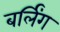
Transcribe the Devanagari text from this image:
बर्लिंग